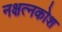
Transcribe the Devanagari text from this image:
नक्षत्नकोश